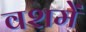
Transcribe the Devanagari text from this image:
वशमें